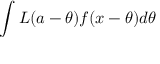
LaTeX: \int L ( a - \theta ) f ( x - \theta ) d \theta